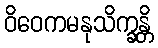
ဝိဝေကမနုသိက္ခန္တိ